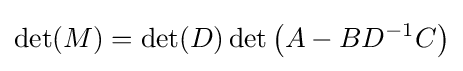
\det(M)=\det(D)\det \left(A-BD^{-1}C\right)